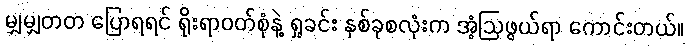
မျှမျှတတ ပြောရရင် ရိုးရာဝတ်စုံနဲ့ ရှုခင်း နှစ်ခုစလုံးက အံ့ဩဖွယ်ရာ ကောင်းတယ်။